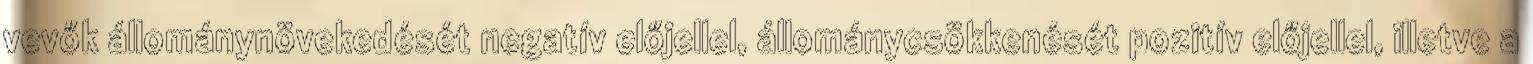
vevők állománynövekedését negatív előjellel, állománycsökkenését pozitív előjellel, illetve a